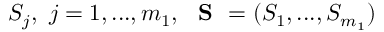
S _ { j } , \ j = 1 , . . . , m _ { 1 } , \ \textbf { S } = ( S _ { 1 } , . . . , S _ { m _ { 1 } } )